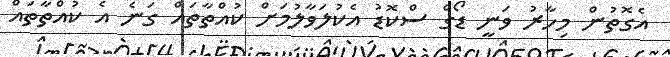
އެގޮތުން މިހާރު ވަނީ ޑޯގް ސްކޮޑު އެކުލަވާލުމަށް ކުއްތާތައް ގަނެ އެ ކުއްތާތައް